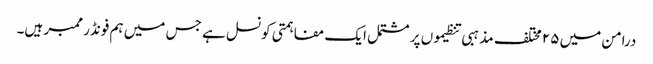
درامن میں ۲۵ مختلف مذہبی تنظیموں پر مشتمل ایک مفاہمتی کونسل ہے جس میں ہم فونڈر ممبر ہیں۔